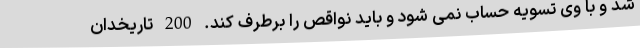
شد و با وی تسویه حساب نمی شود و باید نواقص را برطرف کند. 200 تاریخدان